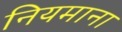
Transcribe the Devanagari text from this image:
नियमाना